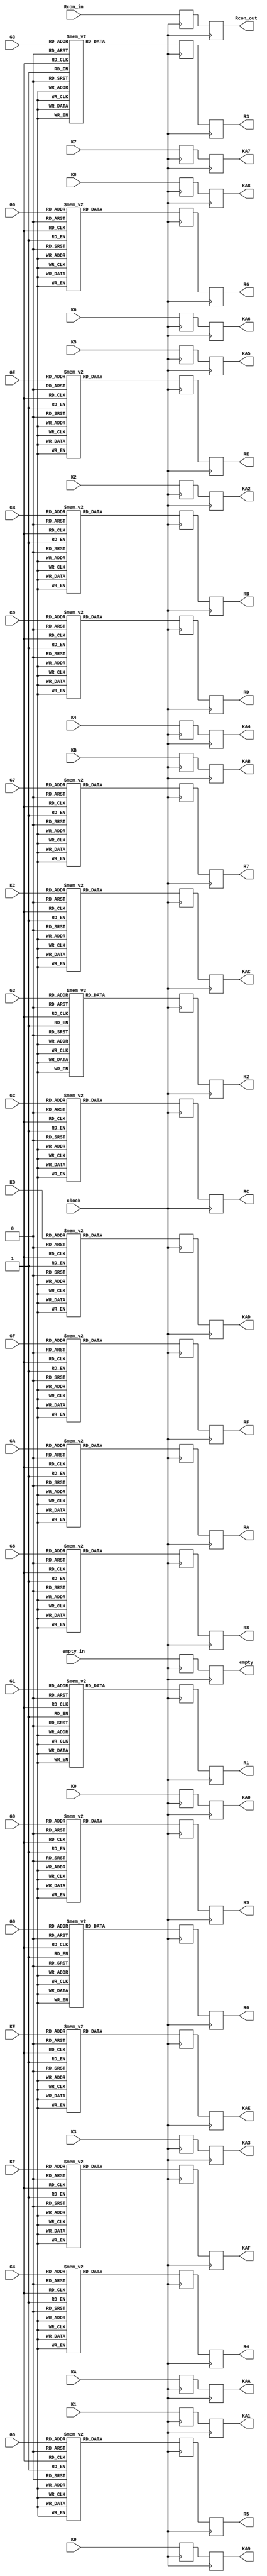
`timescale 1ns / 1ps
//////////////////////////////////////////////////////////////////////////////////
// Company: 
// Engineer: 
// 
// Design Name: 
// Module Name: SboxK
// Project Name: 
// Target Devices: 
// Tool Versions: 
// Description: 
// 
// Dependencies: 
// 
// Revision:
// Revision 0.01 - File Created
// Additional Comments:
// 
//////////////////////////////////////////////////////////////////////////////////


module SboxK(
        input [7:0] G0,G1,G2,G3,G4,G5,G6,G7,G8,G9,GA,GB,GC,GD,GE,GF,
        input [7:0] K0,K1,K2,K3,K4,K5,K6,K7,K8,K9,KA,KB,KC,KD,KE,KF,
        input [7:0] Rcon_in,
        input empty_in,
        input clock, 
        output reg [7:0] R0,R1,R2,R3,R4,R5,R6,R7,R8,R9,RA,RB,RC,RD,RE,RF,
        output reg [7:0] KA0,KA1,KA2,KA3,KA4,KA5,KA6,KA7,KA8,KA9,KAA,KAB,KAC,KAD,KAE,KAF,
        output reg [7:0] Rcon_out,
        output reg empty);
        
        reg [7:0] sbox[255:0];
        reg [7:0] R0_,R1_,R2_,R3_,R4_,R5_,R6_,R7_,R8_,R9_,RA_,RB_,RC_,RD_,RE_,RF_,
        KA0_,KA1_,KA2_,KA3_,KA4_,KA5_,KA6_,KA7_,KA8_,KA9_,KAA_,KAB_,KAC_,KAD_,KAE_,KAF_,
        Rcon_out_,empty_;
        always@(posedge clock)
        begin
sbox[8'h00] = 8'h63;
        sbox[8'h01] = 8'h7C;
        sbox[8'h02] = 8'h77;
        sbox[8'h03] = 8'h7B;
        sbox[8'h04] = 8'hF2;
        sbox[8'h05] = 8'h6B;
        sbox[8'h06] = 8'h6F;
        sbox[8'h07] = 8'hC5;
        sbox[8'h08] = 8'h30;
        sbox[8'h09] = 8'h01;
        sbox[8'h0A] = 8'h67;
        sbox[8'h0B] = 8'h2B;
        sbox[8'h0C] = 8'hFE;
        sbox[8'h0D] = 8'hD7;
        sbox[8'h0E] = 8'hAB;
        sbox[8'h0F] = 8'h76;
        sbox[8'h10] = 8'hCA;
        sbox[8'h11] = 8'h82;
        sbox[8'h12] = 8'hC9;
        sbox[8'h13] = 8'h7D;
        sbox[8'h14] = 8'hFA;
        sbox[8'h15] = 8'h59;
        sbox[8'h16] = 8'h47;
        sbox[8'h17] = 8'hF0;
        sbox[8'h18] = 8'hAD;
        sbox[8'h19] = 8'hD4;
        sbox[8'h1A] = 8'hA2;
        sbox[8'h1B] = 8'hAF;
        sbox[8'h1C] = 8'h9C;
        sbox[8'h1D] = 8'hA4;
        sbox[8'h1E] = 8'h72;
        sbox[8'h1F] = 8'hC0;
        sbox[8'h20] = 8'hB7;
        sbox[8'h21] = 8'hFD;
        sbox[8'h22] = 8'h93;
        sbox[8'h23] = 8'h26;
        sbox[8'h24] = 8'h36;
        sbox[8'h25] = 8'h3F;
        sbox[8'h26] = 8'hF7;
        sbox[8'h27] = 8'hCC;
        sbox[8'h28] = 8'h34;
        sbox[8'h29] = 8'hA5;
        sbox[8'h2A] = 8'hE5;
        sbox[8'h2B] = 8'hF1;
        sbox[8'h2C] = 8'h71;
        sbox[8'h2D] = 8'hD8;
        sbox[8'h2E] = 8'h31;
        sbox[8'h2F] = 8'h15;
        sbox[8'h30] = 8'h04;
        sbox[8'h31] = 8'hC7;
        sbox[8'h32] = 8'h23;
        sbox[8'h33] = 8'hC3;
        sbox[8'h34] = 8'h18;
        sbox[8'h35] = 8'h96;
        sbox[8'h36] = 8'h05;
        sbox[8'h37] = 8'h9A;
        sbox[8'h38] = 8'h07;
        sbox[8'h39] = 8'h12;
        sbox[8'h3A] = 8'h80;
        sbox[8'h3B] = 8'hE2;
        sbox[8'h3C] = 8'hEB;
        sbox[8'h3D] = 8'h27;
        sbox[8'h3E] = 8'hB2;
        sbox[8'h3F] = 8'h75;
        sbox[8'h40] = 8'h09;
        sbox[8'h41] = 8'h83;
        sbox[8'h42] = 8'h2C;
        sbox[8'h43] = 8'h1A;
        sbox[8'h44] = 8'h1B;
        sbox[8'h45] = 8'h6E;
        sbox[8'h46] = 8'h5A;
        sbox[8'h47] = 8'hA0;
        sbox[8'h48] = 8'h52;
        sbox[8'h49] = 8'h3B;
        sbox[8'h4A] = 8'hD6;
        sbox[8'h4B] = 8'hB3;
        sbox[8'h4C] = 8'h29;
        sbox[8'h4D] = 8'hE3;
        sbox[8'h4E] = 8'h2F;
        sbox[8'h4F] = 8'h84;
        sbox[8'h50] = 8'h53;
        sbox[8'h51] = 8'hD1;
        sbox[8'h52] = 8'h00;
        sbox[8'h53] = 8'hED;
        sbox[8'h54] = 8'h20;
        sbox[8'h55] = 8'hFC;
        sbox[8'h56] = 8'hB1;
        sbox[8'h57] = 8'h5B;
        sbox[8'h58] = 8'h6A;
        sbox[8'h59] = 8'hCB;
        sbox[8'h5A] = 8'hBE;
        sbox[8'h5B] = 8'h39;
        sbox[8'h5C] = 8'h4A;
        sbox[8'h5D] = 8'h4C;
        sbox[8'h5E] = 8'h58;
        sbox[8'h5F] = 8'hCF;
        sbox[8'h60] = 8'hD0;
        sbox[8'h61] = 8'hEF;
        sbox[8'h62] = 8'hAA;
        sbox[8'h63] = 8'hFB;
        sbox[8'h64] = 8'h43;
        sbox[8'h65] = 8'h4D;
        sbox[8'h66] = 8'h33;
        sbox[8'h67] = 8'h85;
        sbox[8'h68] = 8'h45;
        sbox[8'h69] = 8'hF9;
        sbox[8'h6A] = 8'h02;
        sbox[8'h6B] = 8'h7F;
        sbox[8'h6C] = 8'h50;
        sbox[8'h6D] = 8'h3C;
        sbox[8'h6E] = 8'h9F;
        sbox[8'h6F] = 8'hA8;
        sbox[8'h70] = 8'h51;
        sbox[8'h71] = 8'hA3;
        sbox[8'h72] = 8'h40;
        sbox[8'h73] = 8'h8F;
        sbox[8'h74] = 8'h92;
        sbox[8'h75] = 8'h9D;
        sbox[8'h76] = 8'h38;
        sbox[8'h77] = 8'hF5;
        sbox[8'h78] = 8'hBC;
        sbox[8'h79] = 8'hB6;
        sbox[8'h7A] = 8'hDA;
        sbox[8'h7B] = 8'h21;
        sbox[8'h7C] = 8'h10;
        sbox[8'h7D] = 8'hFF;
        sbox[8'h7E] = 8'hF3;
        sbox[8'h7F] = 8'hD2;
        sbox[8'h80] = 8'hCD;
        sbox[8'h81] = 8'h0C;
        sbox[8'h82] = 8'h13;
        sbox[8'h83] = 8'hEC;
        sbox[8'h84] = 8'h5F;
        sbox[8'h85] = 8'h97;
        sbox[8'h86] = 8'h44;
        sbox[8'h87] = 8'h17;
        sbox[8'h88] = 8'hC4;
        sbox[8'h89] = 8'hA7;
        sbox[8'h8A] = 8'h7E;
        sbox[8'h8B] = 8'h3D;
        sbox[8'h8C] = 8'h64;
        sbox[8'h8D] = 8'h5D;
        sbox[8'h8E] = 8'h19;
        sbox[8'h8F] = 8'h73;
        sbox[8'h90] = 8'h60;
        sbox[8'h91] = 8'h81;
        sbox[8'h92] = 8'h4F;
        sbox[8'h93] = 8'hDC;
        sbox[8'h94] = 8'h22;
        sbox[8'h95] = 8'h2A;
        sbox[8'h96] = 8'h90;
        sbox[8'h97] = 8'h88;
        sbox[8'h98] = 8'h46;
        sbox[8'h99] = 8'hEE;
        sbox[8'h9A] = 8'hB8;
        sbox[8'h9B] = 8'h14;
        sbox[8'h9C] = 8'hDE;
        sbox[8'h9D] = 8'h5E;
        sbox[8'h9E] = 8'h0B;
        sbox[8'h9F] = 8'hDB;
        sbox[8'hA0] = 8'hE0;
        sbox[8'hA1] = 8'h32;
        sbox[8'hA2] = 8'h3A;
        sbox[8'hA3] = 8'h0A;
        sbox[8'hA4] = 8'h49;
        sbox[8'hA5] = 8'h06;
        sbox[8'hA6] = 8'h24;
        sbox[8'hA7] = 8'h5C;
        sbox[8'hA8] = 8'hC2;
        sbox[8'hA9] = 8'hD3;
        sbox[8'hAA] = 8'hAC;
        sbox[8'hAB] = 8'h62;
        sbox[8'hAC] = 8'h91;
        sbox[8'hAD] = 8'h95;
        sbox[8'hAE] = 8'hE4;
        sbox[8'hAF] = 8'h79;
        sbox[8'hB0] = 8'hE7;
        sbox[8'hB1] = 8'hC8;
        sbox[8'hB2] = 8'h37;
        sbox[8'hB3] = 8'h6D;
        sbox[8'hB4] = 8'h8D;
        sbox[8'hB5] = 8'hD5;
        sbox[8'hB6] = 8'h4E;
        sbox[8'hB7] = 8'hA9;
        sbox[8'hB8] = 8'h6C;
        sbox[8'hB9] = 8'h56;
        sbox[8'hBA] = 8'hF4;
        sbox[8'hBB] = 8'hEA;
        sbox[8'hBC] = 8'h65;
        sbox[8'hBD] = 8'h7A;
        sbox[8'hBE] = 8'hAE;
        sbox[8'hBF] = 8'h08;
        sbox[8'hC0] = 8'hBA;
        sbox[8'hC1] = 8'h78;
        sbox[8'hC2] = 8'h25;
        sbox[8'hC3] = 8'h2E;
        sbox[8'hC4] = 8'h1C;
        sbox[8'hC5] = 8'hA6;
        sbox[8'hC6] = 8'hB4;
        sbox[8'hC7] = 8'hC6;
        sbox[8'hC8] = 8'hE8;
        sbox[8'hC9] = 8'hDD;
        sbox[8'hCA] = 8'h74;
        sbox[8'hCB] = 8'h1F;
        sbox[8'hCC] = 8'h4B;
        sbox[8'hCD] = 8'hBD;
        sbox[8'hCE] = 8'h8B;
        sbox[8'hCF] = 8'h8A;
        sbox[8'hD0] = 8'h70;
        sbox[8'hD1] = 8'h3E;
        sbox[8'hD2] = 8'hB5;
        sbox[8'hD3] = 8'h66;
        sbox[8'hD4] = 8'h48;
        sbox[8'hD5] = 8'h03;
        sbox[8'hD6] = 8'hF6;
        sbox[8'hD7] = 8'h0E;
        sbox[8'hD8] = 8'h61;
        sbox[8'hD9] = 8'h35;
        sbox[8'hDA] = 8'h57;
        sbox[8'hDB] = 8'hB9;
        sbox[8'hDC] = 8'h86;
        sbox[8'hDD] = 8'hC1;
        sbox[8'hDE] = 8'h1D;
        sbox[8'hDF] = 8'h9E;
        sbox[8'hE0] = 8'hE1;
        sbox[8'hE1] = 8'hF8;
        sbox[8'hE2] = 8'h98;
        sbox[8'hE3] = 8'h11;
        sbox[8'hE4] = 8'h69;
        sbox[8'hE5] = 8'hD9;
        sbox[8'hE6] = 8'h8E;
        sbox[8'hE7] = 8'h94;
        sbox[8'hE8] = 8'h9B;
        sbox[8'hE9] = 8'h1E;
        sbox[8'hEA] = 8'h87;
        sbox[8'hEB] = 8'hE9;
        sbox[8'hEC] = 8'hCE;
        sbox[8'hED] = 8'h55;
        sbox[8'hEE] = 8'h28;
        sbox[8'hEF] = 8'hDF;
        sbox[8'hF0] = 8'h8C;
        sbox[8'hF1] = 8'hA1;
        sbox[8'hF2] = 8'h89;
        sbox[8'hF3] = 8'h0D;
        sbox[8'hF4] = 8'hBF;
        sbox[8'hF5] = 8'hE6;
        sbox[8'hF6] = 8'h42;
        sbox[8'hF7] = 8'h68;
        sbox[8'hF8] = 8'h41;
        sbox[8'hF9] = 8'h99;
        sbox[8'hFA] = 8'h2D;
        sbox[8'hFB] = 8'h0F;
        sbox[8'hFC] = 8'hB0;
        sbox[8'hFD] = 8'h54;
        sbox[8'hFE] = 8'hBB;
        sbox[8'hFF] = 8'h16;
        R0_ <= sbox[G0];
        R1_ <= sbox[G1];
        R2_ <= sbox[G2];
        R3_ <= sbox[G3];
        R4_ <= sbox[G4];
        R5_ <= sbox[G5];
        R6_ <= sbox[G6];
        R7_ <= sbox[G7];
        R8_ <= sbox[G8];
        R9_ <= sbox[G9];
        RA_ <= sbox[GA];
        RB_ <= sbox[GB];
        RC_ <= sbox[GC];
        RD_ <= sbox[GD];
        RE_ <= sbox[GE];
        RF_ <= sbox[GF];
        KAC_<= sbox[KC];
        KAD_<= sbox[KD];
        KAE_<= sbox[KE];
        KAF_<= sbox[KF];
        KA0_<= K0;
        KA1_<= K1;
        KA2_<= K2;
        KA3_<= K3; 
        KA4_<= K4;
        KA5_<= K5;
        KA6_<= K6;
        KA7_<= K7; 
        KA8_<= K8;
        KA9_<= K9;
        KAA_<= KA;
        KAB_<= KB;
        Rcon_out_<=Rcon_in;
        empty_<= empty_in;
        end
    always @(posedge clock)
        begin
        R0 <=  R0_;
        R1 <=  R1_;
        R2 <=  R2_;
        R3 <=  R3_;
        R4 <=  R4_;
        R5 <=  R5_;
        R6 <=  R6_;
        R7 <=  R7_;
        R8 <=  R8_;
        R9 <=  R9_;
        RA <=  RA_;
        RB <=  RB_;
        RC <=  RC_;
        RD <=  RD_;
        RE <=  RE_;
        RF <=  RF_;
        KAC <= KAC_;
        KAD <= KAD_;
        KAE <= KAE_;
        KAF <= KAF_;
        KA0 <= KA0_;
        KA1 <= KA1_;
        KA2 <= KA2_;
        KA3 <= KA3_; 
        KA4 <= KA4_;
        KA5 <= KA5_;
        KA6 <= KA6_;
        KA7 <= KA7_; 
        KA8 <= KA8_;
        KA9 <= KA9_;
        KAA <= KAA_;
        KAB <= KAB_;
        Rcon_out <= Rcon_out_;
        empty <= empty_;        
          end
    endmodule